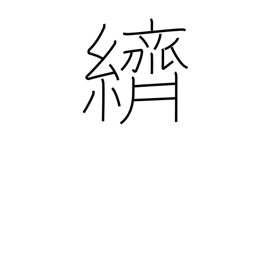
Meaning: splashed pattern dyeing or weaving